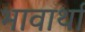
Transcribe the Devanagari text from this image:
भावार्था